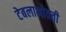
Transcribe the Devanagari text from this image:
टेबलाभोवती